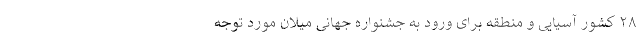
۲۸ کشور آسیایی و منطقه برای ورود به جشنواره جهانی میلان مورد توجه